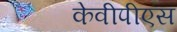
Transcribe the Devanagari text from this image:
केवीपीएस